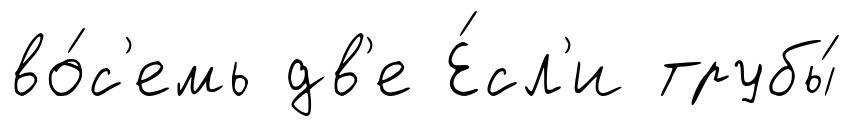
во́с'емь дв'е Е́сл'и трубы́